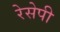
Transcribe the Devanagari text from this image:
रेसेपी